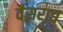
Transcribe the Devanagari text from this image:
वैसराद्य